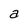
Character: a